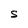
Character: s